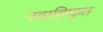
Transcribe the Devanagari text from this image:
नवाविष्कृत